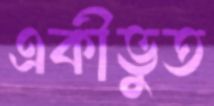
একীভুত